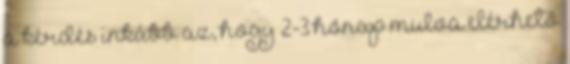
a kérdés inkább az, hogy 2-3 hónap mulva elérhető